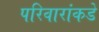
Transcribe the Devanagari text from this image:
परिवारांकडे